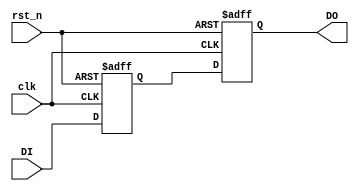
module CDCSync_Signal_ResetH(
/*AUTOARG*/
   // Outputs
   DO,
   // Inputs
   clk, rst_n, DI
   );

input   clk;
input   rst_n;
input   DI;
output  DO;

reg CDCSync_DI_1P;
reg CDCSync_DI_2P;

always@(posedge clk or negedge rst_n)
begin
    if(~rst_n)
    begin
        CDCSync_DI_1P <= 1'b1;
        CDCSync_DI_2P <= 1'b1;
    end
    else
    begin
        CDCSync_DI_1P <= DI;
        CDCSync_DI_2P <= CDCSync_DI_1P;
    end
end

assign DO = CDCSync_DI_2P;

endmodule